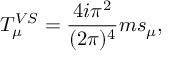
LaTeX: T _ { \mu } ^ { V S } = \frac { 4 i \pi ^ { 2 } } { ( 2 \pi ) ^ { 4 } } m s _ { \mu } ,